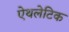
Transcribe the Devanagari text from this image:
ऐथलेटिक